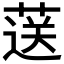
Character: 𦷴